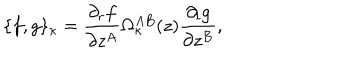
LaTeX: \{ f , g \} _ { \kappa } = \frac { \partial _ { r } f } { \partial z ^ { A } } \Omega _ { \kappa } ^ { A B } ( z ) \frac { \partial _ { l } g } { \partial z ^ { B } } ,